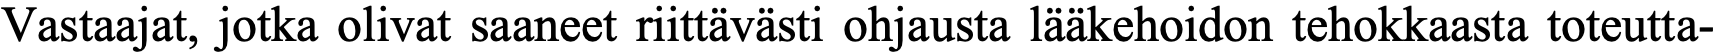
Vastaajat, jotka olivat saaneet riittävästi ohjausta lääkehoidon tehokkaasta toteutta-